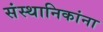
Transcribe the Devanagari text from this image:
संस्थानिकांना